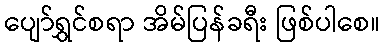
ပျော်ရွှင်စရာ အိမ်ပြန်ခရီး ဖြစ်ပါစေ။